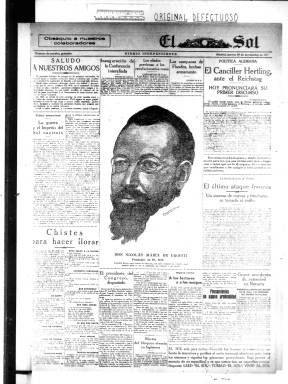
Título: El Sol (Madrid. 1917)
Otros títulos: Sol de Madrid
Colección: Periódicos
Ámbito geográfico: Madrid
Lugar de publicación: Madrid
Fechas: 29/11/1917-27/03/1939

El Sol, diario que se publicó entre 1917 y 1939, fue obra del ingeniero y empresario Nicolás María de Urgoiti (1869-1951), director de la potente empresa La Papelera Española. Se consideró en su momento uno de los mejores periódicos de Europa y el mejor de España.

Apareció el 1 de diciembre de 1917 (después de publicar un "número de prueba" el 29 de noviembre) y traía claros aires de renovación periodística, persiguiendo el beneficio econonómico desde una postura de completa independencia anunciada de forma prominente en la primera página. Su interés era la transformación política y social de España. Estaba formado por doce páginas de gran formato sin información taurina ni lotería y con muy poca información de sucesos, por lo que se le tachó de intelectual y elitista. Costaba el doble que los demás periódicos para compensar el precio del papel y la falta de subvenciones y se dirigía a un público de burgueses liberales cultivados.

Fue dirigido por Félix Lorenzo, que antes había sido director de “El Imparcial”, y que adoptó aquí el seudónimo de Heliófilo. Entre sus colaboradores destaca la figura de José Ortega y Gasset, que marca fuertemente la línea editorial del periódico y adelanta en los artículos que publica el contenido de sus libros. Luis Bagaría, ilustrador y caricaturista político, alcanzó gran fama con sus sarcásticas viñetas, que siempre publicaba en la primera página. Entre otros destacados colaboradores, podemos señalar a Lorenzo Luzuriaga, amigo y colaborador de José Ortega y Gasset, que dirigió la página de educación e instrucción pública de 1917 a 1921; Salvador de Madariaga, que escribió distintas secciones (“Nuestras crónicas de Londres”, “Desde fuera”) y utilizó el seudónimo de Sancho Quijano, o Corpus Barga, corresponsal en París

El periódico transmitió las inquietudes de los intelectuales de la época. Así, en febrero de 1931, tiene lugar la creación de la "Agrupación al Servicio de la República", alentada por Ortega y Gasset, Gregorio Marañón y Ramón Pérez de Ayala, cuyo manifiesto fundacional fue publicado el 10 de febrero de 1931 por este diario.

El célebre artículo antimonárquico “El error Berenguer” (15 nov. 1930) provocó la pérdida del diario por parte de Urgoiti. Le sustituyó Manuel Aznar, y la existencia del diario fue languideciendo. Por su parte, Urgoiti, Ortega y Gasset y Bagaría fundarán “Crisol” y después “Luz” (enero 1932).

Los ejemplares de la Hemeroteca Digital corresponden a la colección original de la Biblioteca Nacional para los primeros y últimos años, en muy mal estado de conservación debido al gran uso que ha sufrido, y a la colección donada por la British Library, para los años centrales (década de los 20), en mejores condiciones de conservación. Lamentablemente, ambas colecciones están incompletas, y algunos de los volúmenes no han podido digitalizarse debido a su estado.

En 1996 la BNE adquirió también una reproducción en microfilme de la colección de la Library of Congress, algo más completa que los fondos en papel. A lo largo de 2021 y 2022 se ha completado la colección de la Hemeroteca Digital con la digitalización de los ejemplares microfilmados, que si bien no ofrecen una calidad óptima han permitido completar algunas de las lagunas que presentaba la colección.

Algunos ejemplares vienen acompañados de suplementos, incluidos en el mismo ejemplar ditalizado. Asimismo, de algunas fechas se encuentran distintas edicones, como la de Madrid o la de Galicia, Santander, Asturias y Portugal.

[Descripción modificada el 22/11/2022]